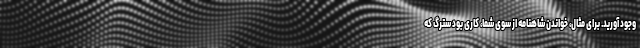
وجود آورید. برای مثال، خواندن شاهنامه از سوی شما، کاری بود سترگ که